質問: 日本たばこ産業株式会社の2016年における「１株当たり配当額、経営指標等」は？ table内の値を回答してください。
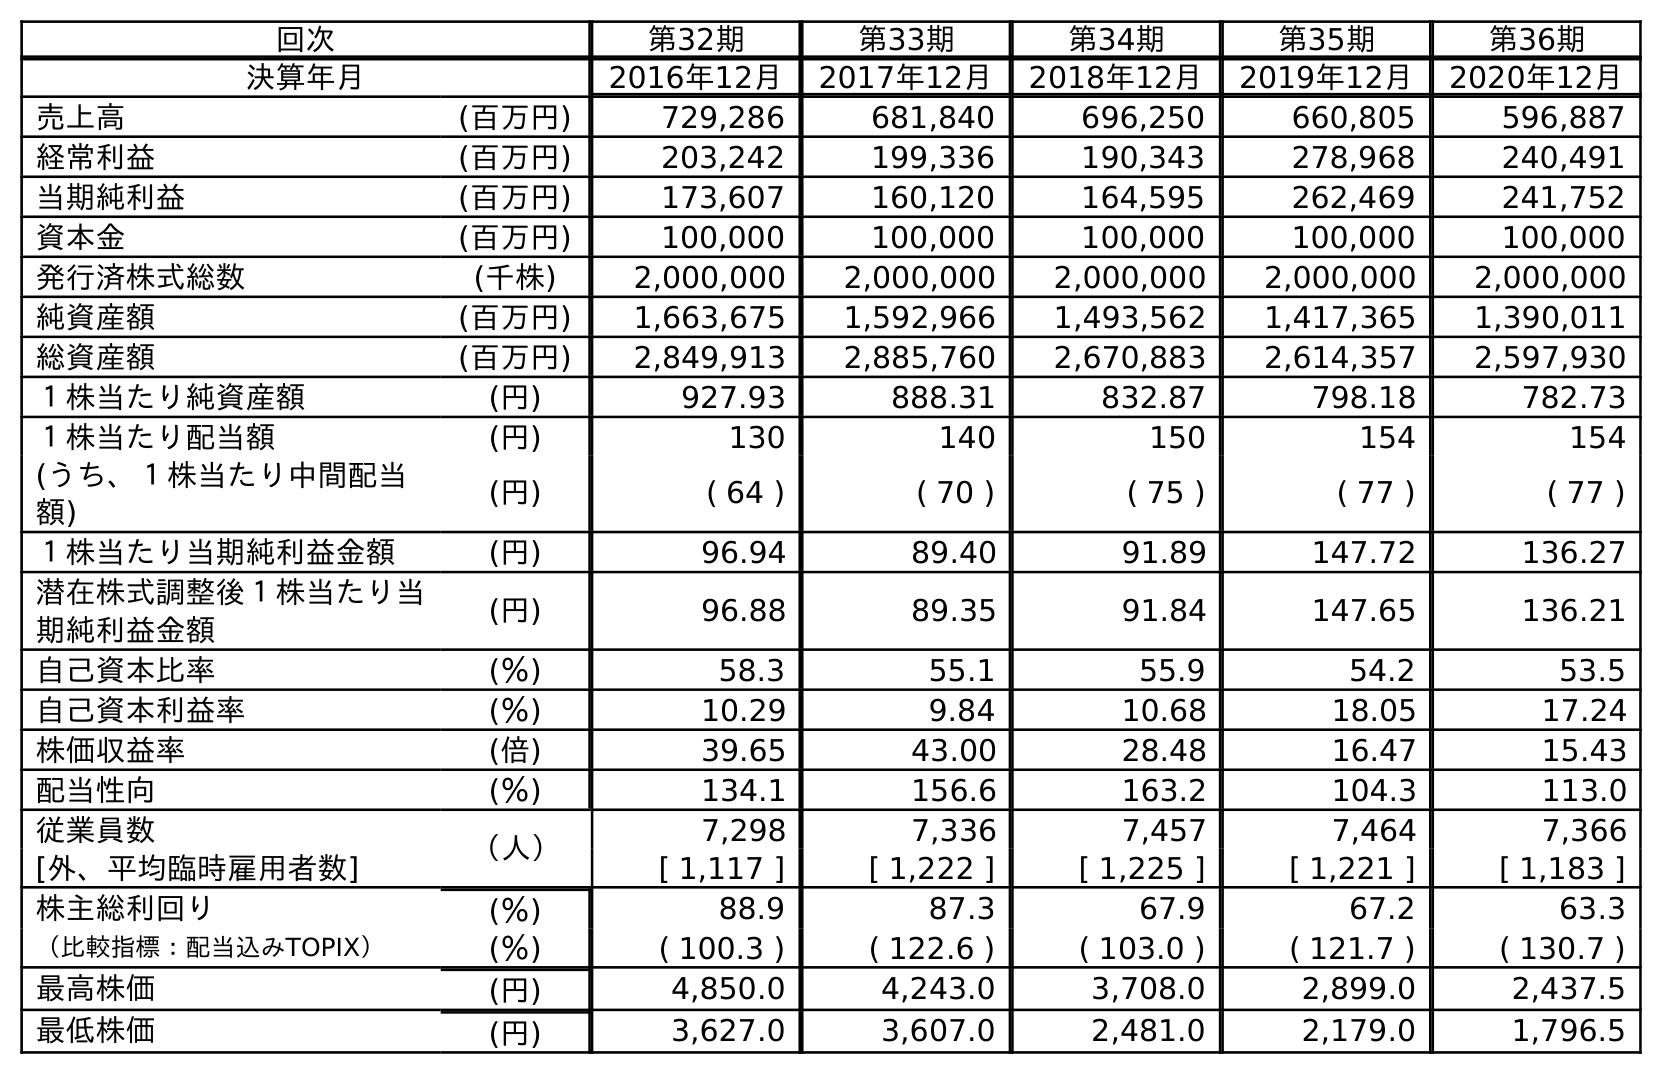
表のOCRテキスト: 回次 第32期 第33期 第34期 第35期 第36期 決算年月 2016年12月 2017年12月 2018年12月 2019年12月 2020年12月 売上高 (百万円) 729,286 681,840 696,250 660,805 596,887 経常利益 (百万円) 203,242 199,336 190,343 278,968 240,491 当期純利益 (百万円) 173,607 160,120 164,595 262,469 241,752 資本金 (百万円) 100,000 100,000 100,000 100,000 100,000 発行済株式総数 (千株) 2,000,000 2,000,000 2,000,000 2,000,000 2,000,000 純資産額 (百万円) 1,663,675 1,592,966 1,493,562 1,417,365 1,390,011 総資産額 (百万円) 2,849,913 2,885,760 2,670,883 2,614,357 2,597,930 １株当たり純資産額 (円) 927.93 888.31 832.87 798.18 782.73 １株当たり配当額 (円) 130 140 150 154 154 (うち、１株当たり中間配当 額) (円) ( 64 ) ( 70 ) ( 75 ) ( 77 ) ( 77 ) １株当たり当期純利益金額 (円) 96.94 89.40 91.89 147.72 136.27 潜在株式調整後１株当たり当 期純利益金額 (円) 96.88 89.35 91.84 147.65 136.21 自己資本比率 (％) 58.3 55.1 55.9 54.2 53.5 自己資本利益率 (％) 10.29 9.84 10.68 18.05 17.24 株価収益率 (倍) 39.65 43.00 28.48 16.47 15.43 配当性向 (％) 134.1 156.6 163.2 104.3 113.0 従業員数 （人） 7,298 7,336 7,457 7,464 7,366 [外、平均臨時雇用者数] [ 1,117 ] [ 1,222 ] [ 1,225 ] [ 1,221 ] [ 1,183 ] 株主総利回り (％) 88.9 87.3 67.9 67.2 63.3 （比較指標：配当込みTOPIX） (％) ( 100.3 ) ( 122.6 ) ( 103.0 ) ( 121.7 ) ( 130.7 ) 最高株価 (円) 4,850.0 4,243.0 3,708.0 2,899.0 2,437.5 最低株価 (円) 3,627.0 3,607.0 2,481.0 2,179.0 1,796.5
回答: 130